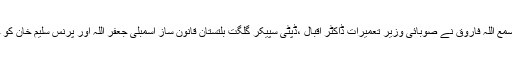
اس کے علاوہ ڈپٹی کمشنر ہنزہ برہان آفندی ، اسسٹنٹ کمشنر ہنزہ سمع اللہ فاروق نے صوبائی وزیر تعمیرات ڈاکٹر اقبال ،ڈپٹی سپیکر گلگت بلتستان قانون ساز اسمبلی جعفر اللہ اور پرنس سلیم خان کو حالیہ بارشوں سے ہونے والی نقصانات کے بارے میں بریفنگ دیا۔